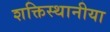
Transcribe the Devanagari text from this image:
शक्तिस्थानीया